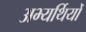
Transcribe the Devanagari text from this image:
अभ्यर्थियोँ